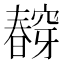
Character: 𭨀